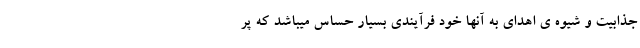
جذابیت و شیوه ی اهدای به آنها خود فرآیندی بسیار حساس میباشد که پر